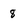
Character: 8